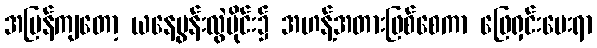
အပြန်ကျတော့ ယနေ့မွန်းလွဲပိုင်း၌ အဟန့်အတားဖြစ်စေကာ ဖြေရှင်းပေးရာ